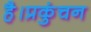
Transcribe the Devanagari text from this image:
है।प्रकुंचन